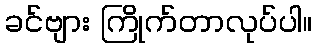
ခင်ဗျား ကြိုက်တာလုပ်ပါ။